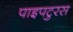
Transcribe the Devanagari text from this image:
पाइपटुरस